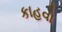
કાહવો